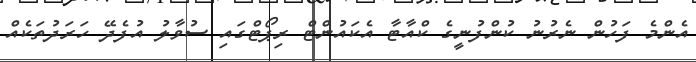
އެންމެ ފަހުން ނެރުނު ކުންފުނީގެ ކްއާޓާ އެކައުންޓް ރިޕޯޓްގައި ސުވާލު އުފެދޭ ހަރަދުތަކެއް